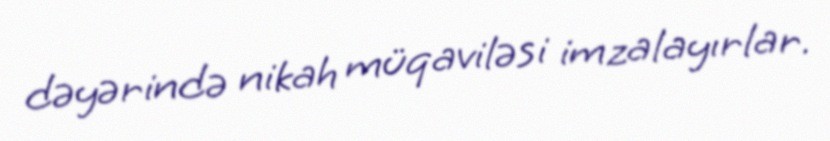
dəyərində nikah müqaviləsi imzalayırlar.